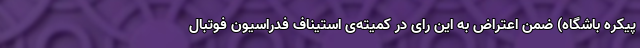
پیکره باشگاه) ضمن اعتراض به این رای در کمیته‌ی استیناف فدراسیون فوتبال